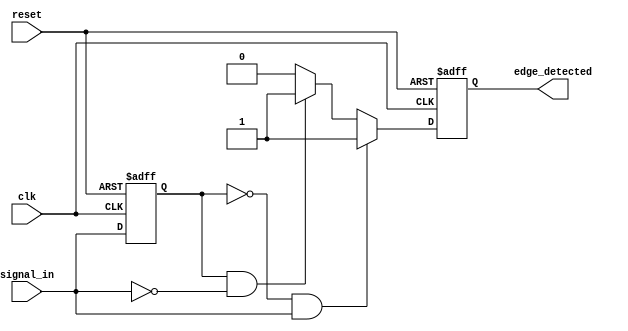
module glitch_free_edge_detector (
    input wire clk,              // Clock signal
    input wire reset,            // Asynchronous reset signal
    input wire signal_in,        // Input signal to detect edges
    output reg edge_detected     // Output signal indicating edge detection
);

    // Internal register to store the previous state of the input signal
    reg signal_in_prev;

    // Always block for edge detection logic
    always @(posedge clk or posedge reset) begin
        if (reset) begin
            // Reset the previous signal state and output
            signal_in_prev <= 1'b0;
            edge_detected <= 1'b0;
        end else begin
            // Edge detection logic
            if (signal_in_prev == 1'b0 && signal_in == 1'b1) begin
                // Rising edge detected
                edge_detected <= 1'b1;
            end else if (signal_in_prev == 1'b1 && signal_in == 1'b0) begin
                // Falling edge detected
                edge_detected <= 1'b1;
            end else begin
                // No edge detected
                edge_detected <= 1'b0;
            end
            
            // Update the previous signal state
            signal_in_prev <= signal_in;
        end
    end

endmodule